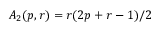
A _ { 2 } ( p , r ) = r ( 2 p + r - 1 ) / 2